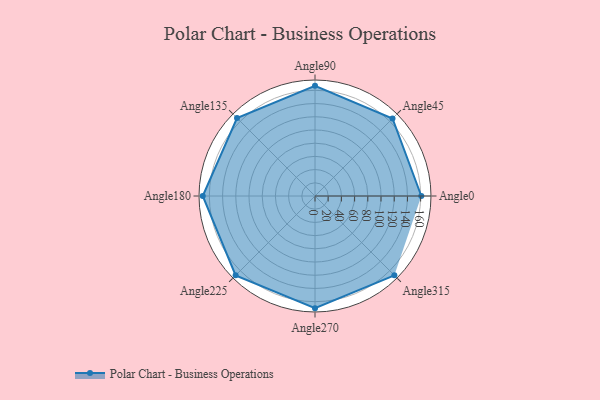
{"axis": {"x": "Angle", "y": "Radius"}, "legend": [""], "data": [{"x": "Angle0", "y": 161.0, "type": ""}, {"x": "Angle45", "y": 166.0, "type": ""}, {"x": "Angle90", "y": 167.0, "type": ""}, {"x": "Angle135", "y": 167.0, "type": ""}, {"x": "Angle180", "y": 170, "type": ""}, {"x": "Angle225", "y": 170, "type": ""}, {"x": "Angle270", "y": 170, "type": ""}, {"x": "Angle315", "y": 170, "type": ""}]}